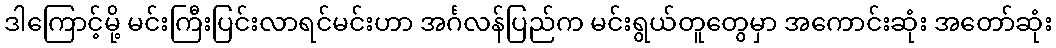
ဒါကြောင့်မို့ မင်းကြီးပြင်းလာရင်မင်းဟာ အင်္ဂလန်ပြည်က မင်းရွယ်တူတွေမှာ အကောင်းဆုံး အတော်ဆုံး